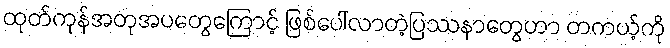
ထုတ်ကုန်အတုအပတွေကြောင့် ဖြစ်ပေါ်လာတဲ့ပြဿနာတွေဟာ တကယ့်ကို